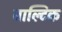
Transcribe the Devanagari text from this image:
बाल्‍टिक